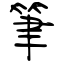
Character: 筆